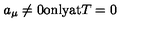
a _ { \mu } \ne 0 \mathrm { o n l y a t } T = 0